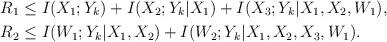
LaTeX: \begin{align*} R_1 &\le I(X_1;Y_k) + I(X_2;Y_k|X_1) + I(X_3;Y_k|X_1,X_2,W_1),\\ R_2 &\le I(W_1;Y_k|X_1,X_2) + I(W_2;Y_k|X_1,X_2,X_3,W_1). \end{align*}